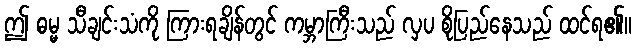
ဤ ဓမ္မ သီချင်းသံကို ကြားရချိန်တွင် ကမ္ဘာကြီးသည် လှပ စိုပြည်နေသည် ထင်ရ၏။